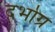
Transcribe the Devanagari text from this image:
दर्भाग्र